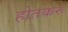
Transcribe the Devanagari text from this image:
होतकरु